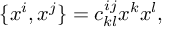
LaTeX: \{ x ^ { i } , x ^ { j } \} = c _ { k l } ^ { i j } x ^ { k } x ^ { l } ,